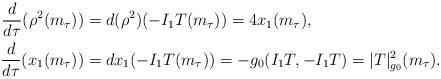
LaTeX: \begin{align*}\frac{d}{d\tau}(\rho^2(m_\tau)) &= d(\rho^2)(-I_1T(m_\tau)) = 4x_1(m_\tau),\\\frac{d}{d\tau}(x_1(m_\tau)) &= dx_1(-I_1T(m_\tau)) = -g_0(I_1T,-I_1T) = |T|^2_{g_0}(m_\tau).\end{align*}